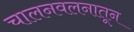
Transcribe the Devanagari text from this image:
चालनवलनातून